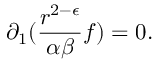
\partial _ { 1 } ( \frac { r ^ { 2 - \epsilon } } { \alpha \beta } f ) = 0 .